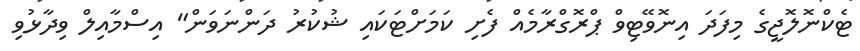
ޓެކްނޮލޮޖީގެ މިފަދަ އިނޮވޭޓިވް ޕްރޮގްރާމެއް ފެށި ކަމަށްޓަކައި ޝުކުރު ދަންނަވަން" އިސްމާއިލް ވިދާޅުވި